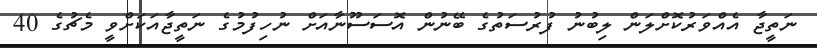
ނަތީޖާ އެއްވަރުކޮށްލަން ލިބުނު ފުރުސަތުގެ ބޭނުން އޮސަސޫނާއަށް ނުހިފުމުގެ ނަތީޖާއަކަށްވީ މެޗުގެ 40